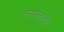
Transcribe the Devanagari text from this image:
करसकते।